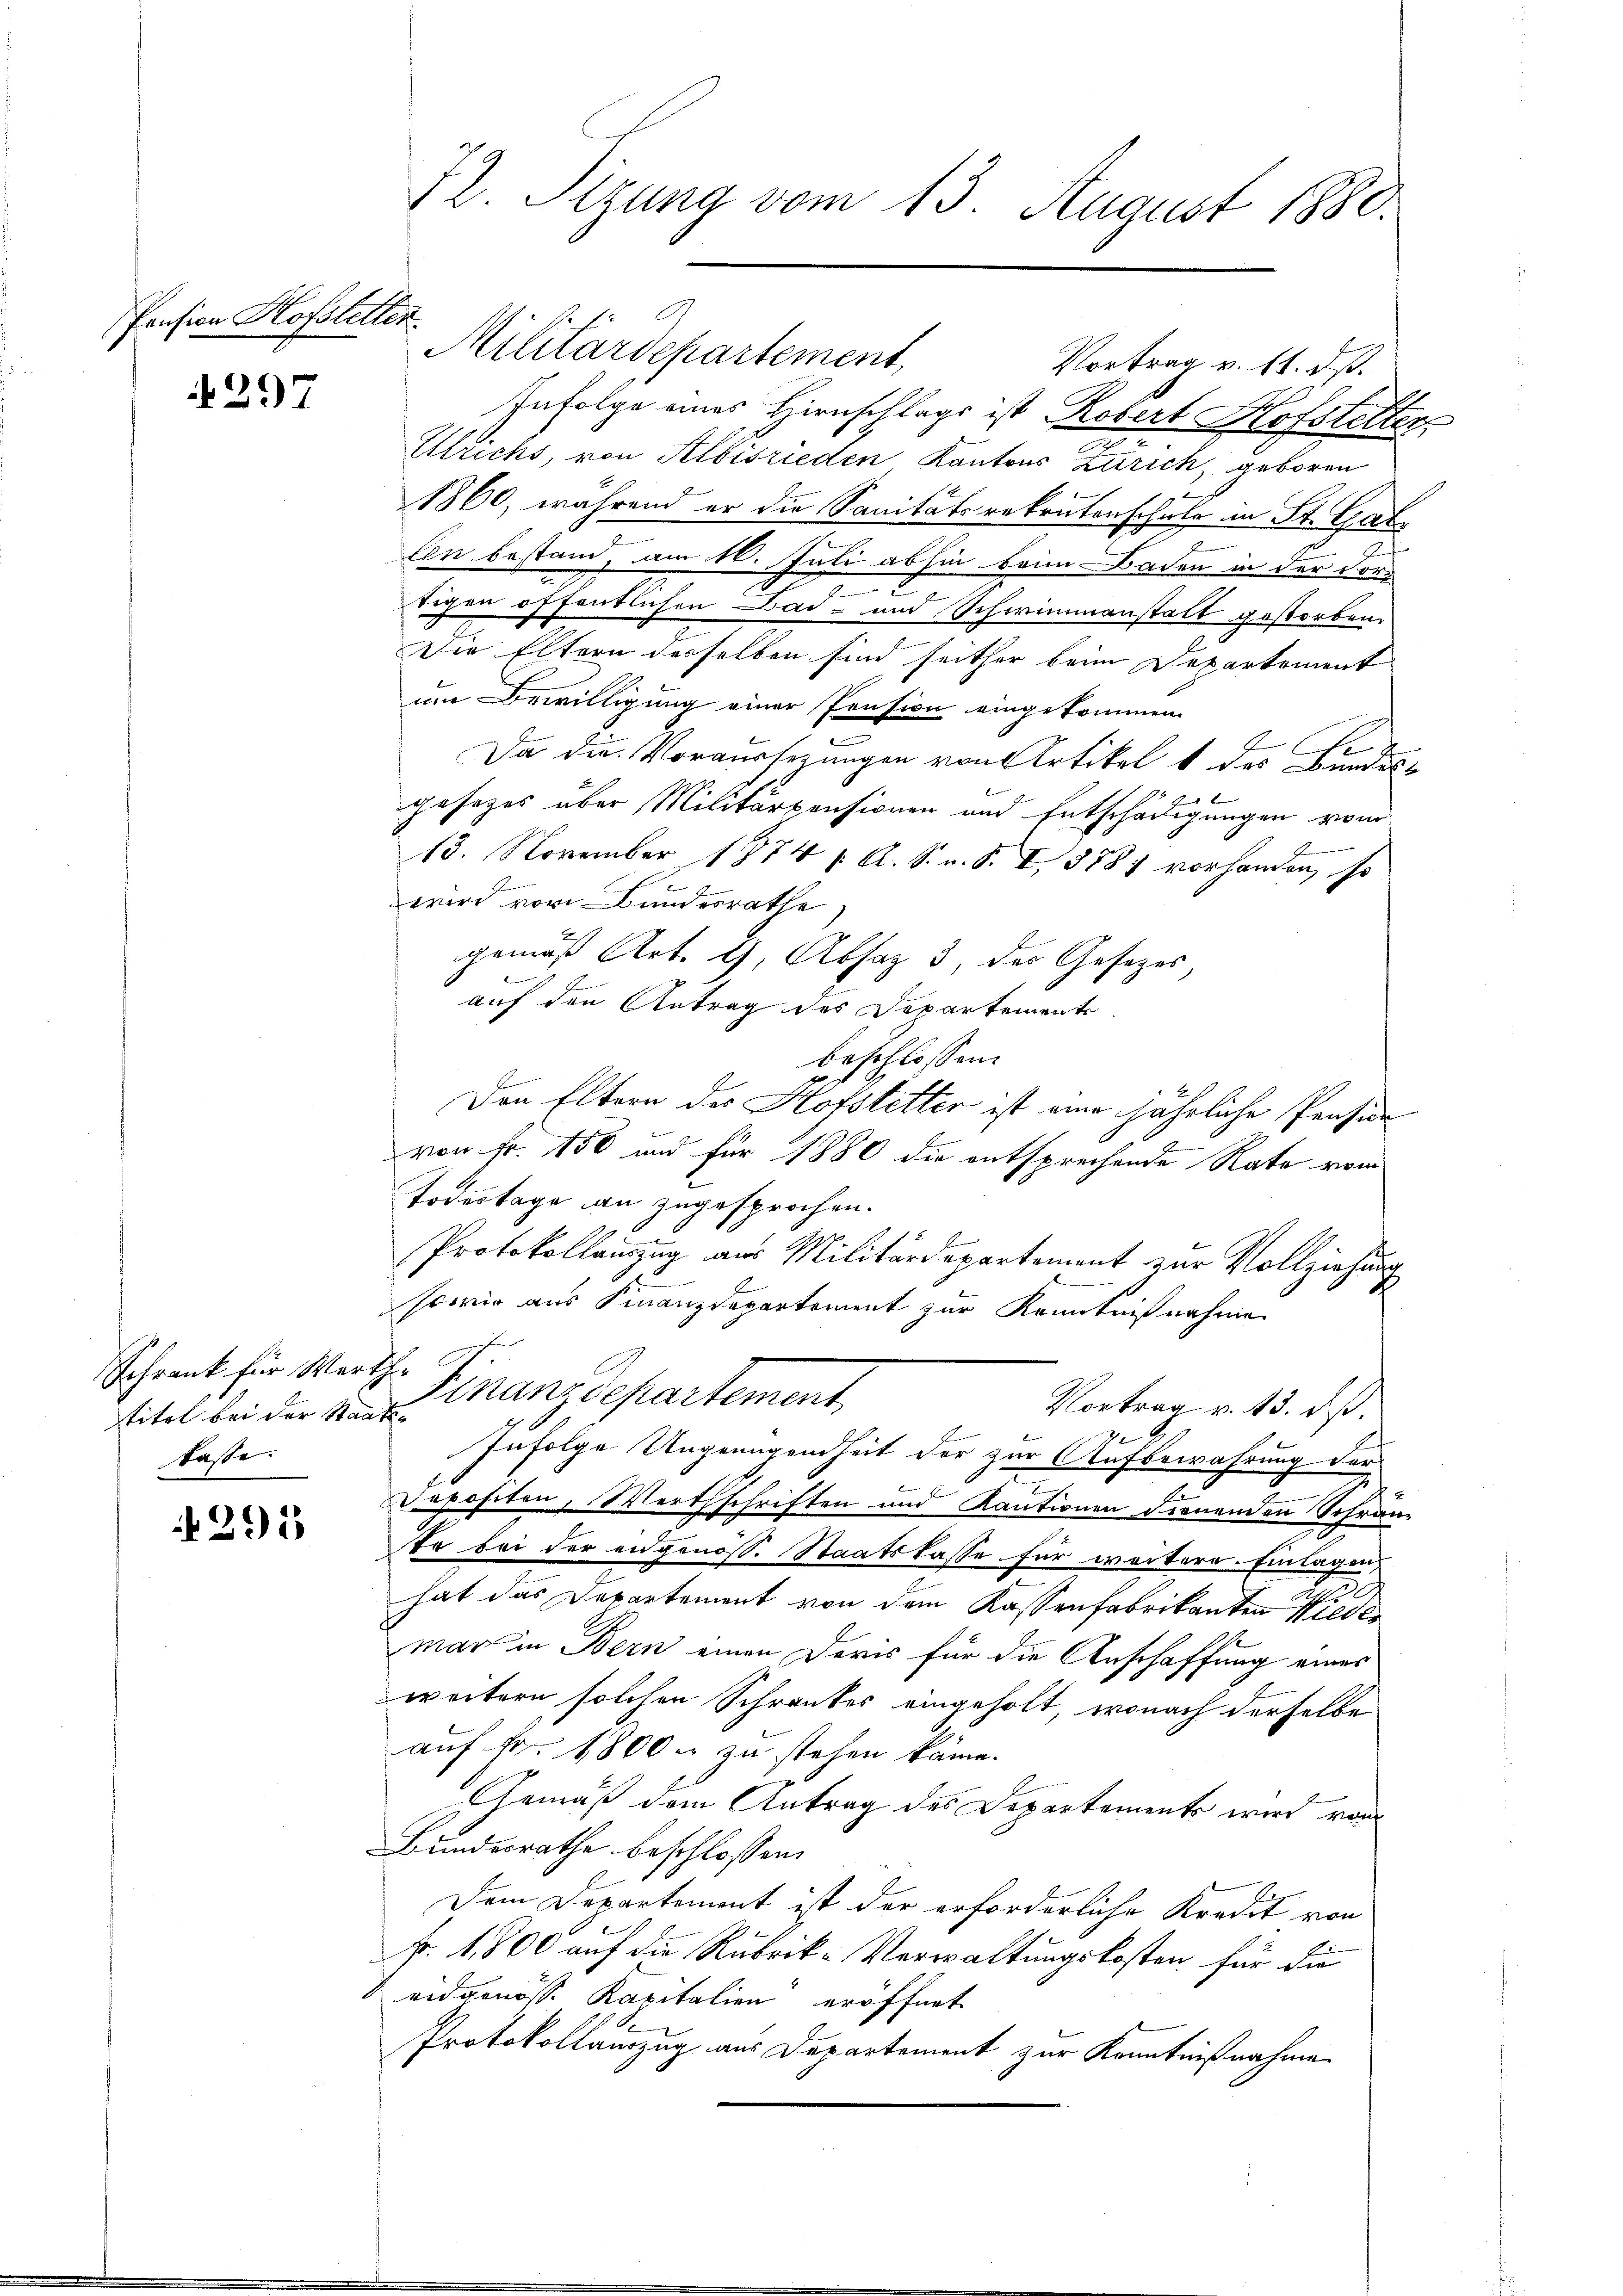
Pension Hofstetten.

297

Schrank für Werth
titel bei der Staatslasse.

295

72. Sizung vom 13. August 1880.

Militärdepartement,

Infolge eines Hirnschlags ist, Robert Hofstetter
Ulrichs, von Albisrieden Kantons Zürich, geboren
1860, während er die Sanitätsrekrutenschule in St. Gal
len bestand, am 16. Juli abhin beim Baden in der Ford
sichen öffentlichen Bad- und Schwimmenstalt gestorben.
Die Eltern derselben sind seither beim Departement
im Bewilligung einer Pension eingekommen.
Da die Vorausserungen von Artikel 1 des Bundesgesezes über Militärpensionen und Entschädigungen vom
13. November 1874 Al. S. v. S. I, 8781 vorhanden, so
wird vom Bundesrathe,
gemäß Art. 9, Absaz 3, des Gesezes
auf den Antrag des Departemente
beschlossen:
Den Eltern des Hofstetter ist eine jährliche Penside
von Fr. 150 und für 1880 die entsprechende Rate vom
Todestage an zugesprochen.
Protokollauszug aus Militärdepartement zur Vollziehung
sowie aus Finanzdepartement zur Kenntnißnahme
Finanzdepartement.
Vortrag v. 13. ds.
7
Infolge Ungenügendheit der zur Aufbewahrung der
Depositen, Werthschriften und Kautionen Frenenden Schränte bei der angenöss. Staatskasse für weitere Einlagen,
2
.
hat das Departement von dem Kassenfabrikanten Wieder
mar in Bern einen Doris für die Anschaffung eines
weitern solchen Schrankes eingeholt, wonach derselbe
auf Fr. 1800. zu stehen käme.
Gemäß dem Antrag des Departements wird von
Bundesrathe beschlossen:
Dem Departement ist der erforderliche Kredit von
k. 1,800 auf die Rubrik-Verwaltungskosten für die
eidgenösse Kapitalien eröffnet
Protokollauszug aus Departement zur Kenntnißnahme

Vortrag v. 11. ds.